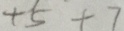
+ 5 + 7